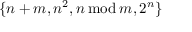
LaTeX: \{ n + m , n ^ { 2 } , n \, { \bmod { \, } } m , 2 ^ { n } \}